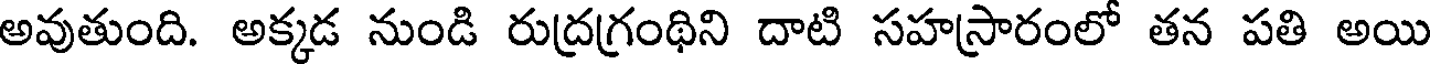
అవుతుంది. అక్కడ నుండి రుద్రగ్రంథిని దాటి సహస్రారంలో తన పతి అయి